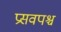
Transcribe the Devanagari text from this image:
प्रसवपश्च